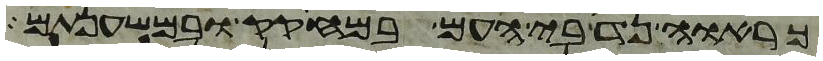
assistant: כרואה נדיבי העם במחקק ובמשענתם